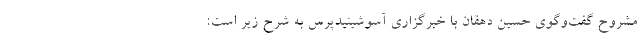
مشروح گفت‌وگوی حسین دهقان با خبرگزاری آسوشیتیدپرس به شرح زیر است: